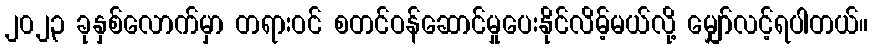
၂၀၂၃ ခုနှစ်လောက်မှာ တရားဝင် စတင်ဝန်ဆောင်မှုပေးနိုင်လိမ့်မယ်လို့ မျှော်လင့်ရပါတယ်။